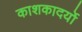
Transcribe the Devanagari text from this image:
काशकादर्यो